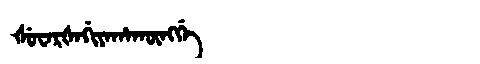
Manchu: ᡧᡠᠸᠠᡵᡧᠠᡤᡳᠶᠠᡥᠠᡴᡡᠩᡤᡝ
Romanization: ŠUWARŠAGIYAHAKŪNGGE